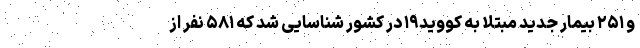
و ۲۵۱ بیمار جدید مبتلا به کووید۱۹ در کشور شناسایی شد که ۵۸۱ نفر از